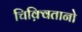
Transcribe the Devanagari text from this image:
चिक़्वितानो